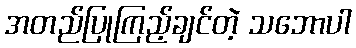
အတည်ပြုကြည့်ချင်တဲ့ သဘောပါ